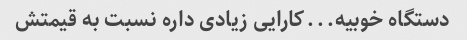
دستگاه خوبیه...کارایی زیادی داره نسبت به قیمتش